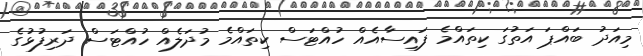
މިއަދު ބައްޕަ އަތުގަ ކިތައްމެ ފައިސާއެއް ހުއްޓަސް ކިތައްމެ މުދަލެއް ހުއްޓަސް ދަރިފުޅުގެ